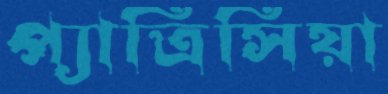
প্যাত্রিসিয়া